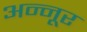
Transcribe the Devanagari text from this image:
अन्नूर